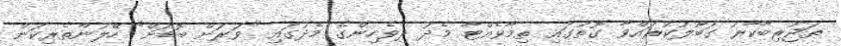
ތަޖުރިބާކާރު ގަބޫލުކުރައްވާ ގޮތުގައި ތިމާވެއްޓާ މެދު ދިވެހިންގެ މެދުގައި "ވަރަށް ބޮޑަށް" ހޭލުންތެރިކަން